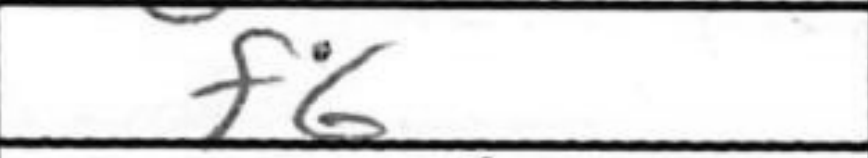
Transcription: f6